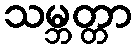
သမ္ဘတ္တာ